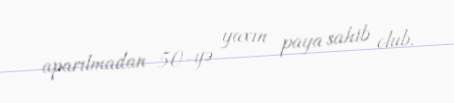
aparılmadan 50-yə yaxın paya sahib olub.